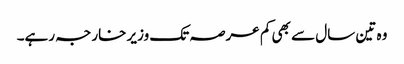
وہ تین سال سے بھی کم عرصہ تک وزیر خارجہ رہے۔